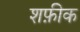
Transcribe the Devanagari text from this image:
शफ़ीक